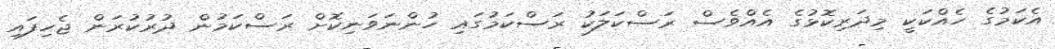
އެކަމުގެ ހެއްކަކީ މިދަރިކޮޅުގެ އެއްވެސް ރަސްކަލަކު ރަސްކަމުގައި ހުންނަވަނިކޮށް ރަސްކަމުން ދުރުކުރަން ޖެހިފައި